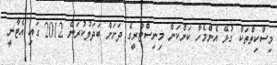
މިސްކިތްތަކާ ގުޅޭ އެންމެހާ ކަންކަން މިނިސްޓްރީގެ ދަށަށް ބަދަލުކުރަން 2012 ގައި އެޓާނީ